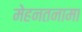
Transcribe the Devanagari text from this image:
मेहनतनामा